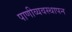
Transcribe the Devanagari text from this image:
पाणीव्यवस्थापन